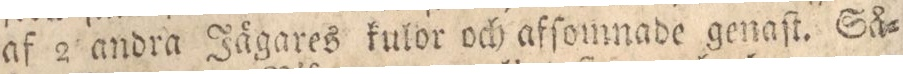
af 2 andra Jägares kulor och afſomnade genaſt. Så=